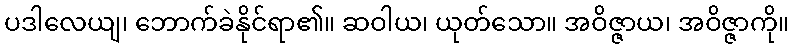
ပဒါလေယျ၊ ဘောက်ခဲနိုင်ရာ၏။ ဆဝါယ၊ ယုတ်သော။ အဝိဇ္ဇာယ၊ အဝိဇ္ဇာကို။